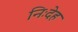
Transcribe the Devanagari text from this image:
निःदेह